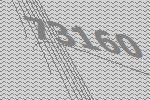
73160